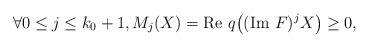
\begin{align*}\forall 0 \leq j \leq k_0+1, M_j(X)=\textrm{Re }q\big((\textrm{Im }F)^{j}X\big) \geq 0,\end{align*}